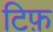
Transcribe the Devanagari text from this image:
टिफ़